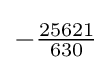
-{\tfrac {25621}{630}}